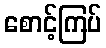
စောင့်ကြပ်